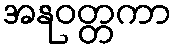
အနုဝတ္တကာ